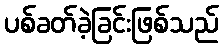
ပစ်ခတ်ခဲ့ခြင်းဖြစ်သည်